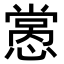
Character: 𢡭